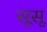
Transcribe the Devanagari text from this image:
सूसू